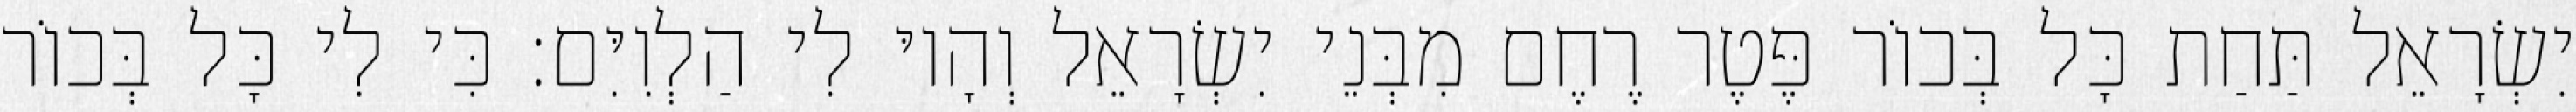
יִשְׂרָאֵל תַּחַת כָּל בְּכוֹר פֶּטֶר רֶחֶם מִבְּנֵי יִשְׂרָאֵל וְהָיוּ לִי הַלְוִיִּם׃ כִּי לִי כָּל בְּכוֹר